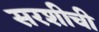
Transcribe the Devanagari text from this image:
सरशीची